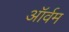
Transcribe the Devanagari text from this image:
ऑर्वम